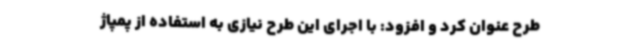
طرح عنوان کرد و افزود: با اجرای این طرح نیازی به استفاده از پمپاژ